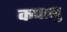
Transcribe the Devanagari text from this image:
कपासु